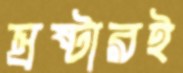
স্রষ্টারই